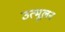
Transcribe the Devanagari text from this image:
उत्मूलन